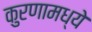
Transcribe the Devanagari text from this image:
कुरणामध्ये